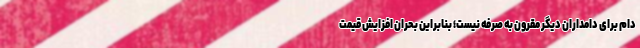
دام برای دامداران دیگر مقرون به صرفه نیست؛ بنابراین بحران افزایش قیمت